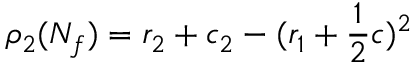
\rho _ { 2 } ( N _ { f } ) = r _ { 2 } + c _ { 2 } - ( r _ { 1 } + \frac { 1 } { 2 } c ) ^ { 2 }